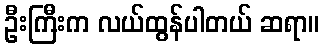
ဦးကြီးက လယ်ထွန်ပါတယ် ဆရာ။